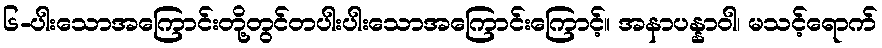
၆-ပါးသောအကြောင်းတို့တွင်တပါးပါးသောအကြောင်းကြောင့်။ အနာပန္နာဝါ၊ မသင့်ရောက်